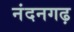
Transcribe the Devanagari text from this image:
नंदनगढ़